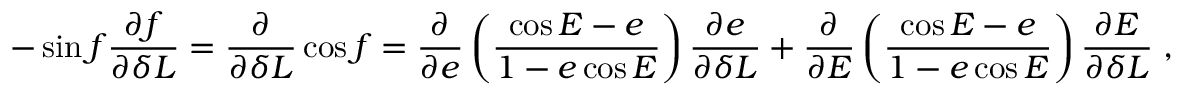
- \sin f \frac { \partial f } { \partial \delta L } = \frac { \partial } { \partial \delta L } \cos f = \frac { \partial } { \partial e } \left( \frac { \cos E - e } { 1 - e \cos E } \right) \frac { \partial e } { \partial \delta L } + \frac { \partial } { \partial E } \left( \frac { \cos E - e } { 1 - e \cos E } \right) \frac { \partial E } { \partial \delta L } \; ,